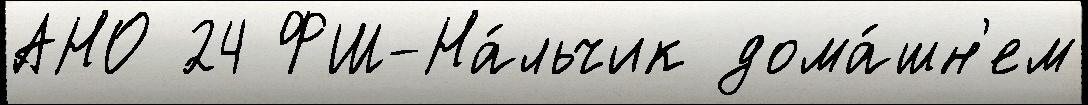
АНО 24 ФШ-На́льчик дома́шн'ем